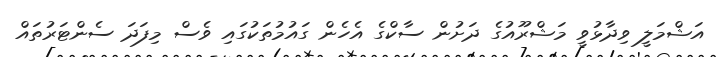
އަޝްމަލީ ވިދާޅުވީ މަޝްރޫއުގެ ދަށުން ސާކްގެ އެހެން ގައުމުތަކުގައި ވެސް މިފަދަ ސެންޓަރުތައް